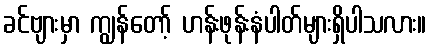
ခင်ဗျားမှာ ကျွန်တော့် ဟန်းဖုန်းနံပါတ်များရှိပါသလား။